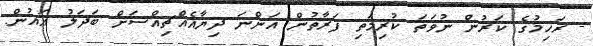
- ރަހިމުގެ ކަރުން ނުވަތަ ކުރިމަތި ފަރާތުން އަންނަ ދިޔާއެއްޗިއްސަށް ބަދަލު އައުން: